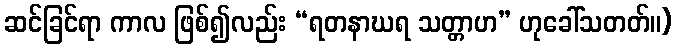
ဆင်ခြင်ရာ ကာလ ဖြစ်၍လည်း “ရတနာဃရ သတ္တာဟ” ဟုခေါ်သတတ်။)